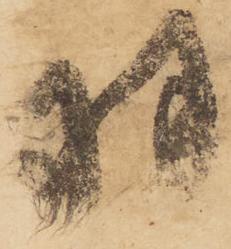
羽